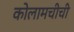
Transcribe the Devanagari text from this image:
कोलामचीची